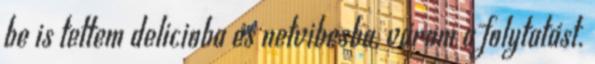
be is tettem delicioba és netvibesba, várom a folytatást.